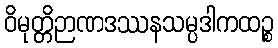
ဝိမုတ္တိဉာဏဒဿနသမ္ပဒါကထဉ္စ